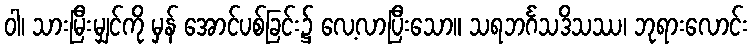
ဝါ၊ သားမြီးမျှင်ကို မှန် အောင်ပစ်ခြင်း၌ လေ့လာပြီးသော။ သရဘင်္ဂသဒိသဿ၊ ဘုရားလောင်း